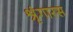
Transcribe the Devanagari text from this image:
श्रृंगारस